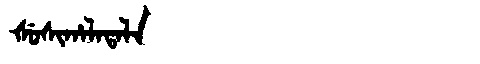
Manchu: ᡧᡠᠰᡳᡥᠠᠯᠠᡨᠠᠯᠠ
Romanization: ŠUSIHALATALA